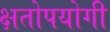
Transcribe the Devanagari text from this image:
क्षतोपयोगी